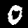
Label: 0